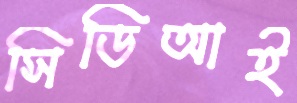
সিডিআই